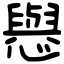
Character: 㦛